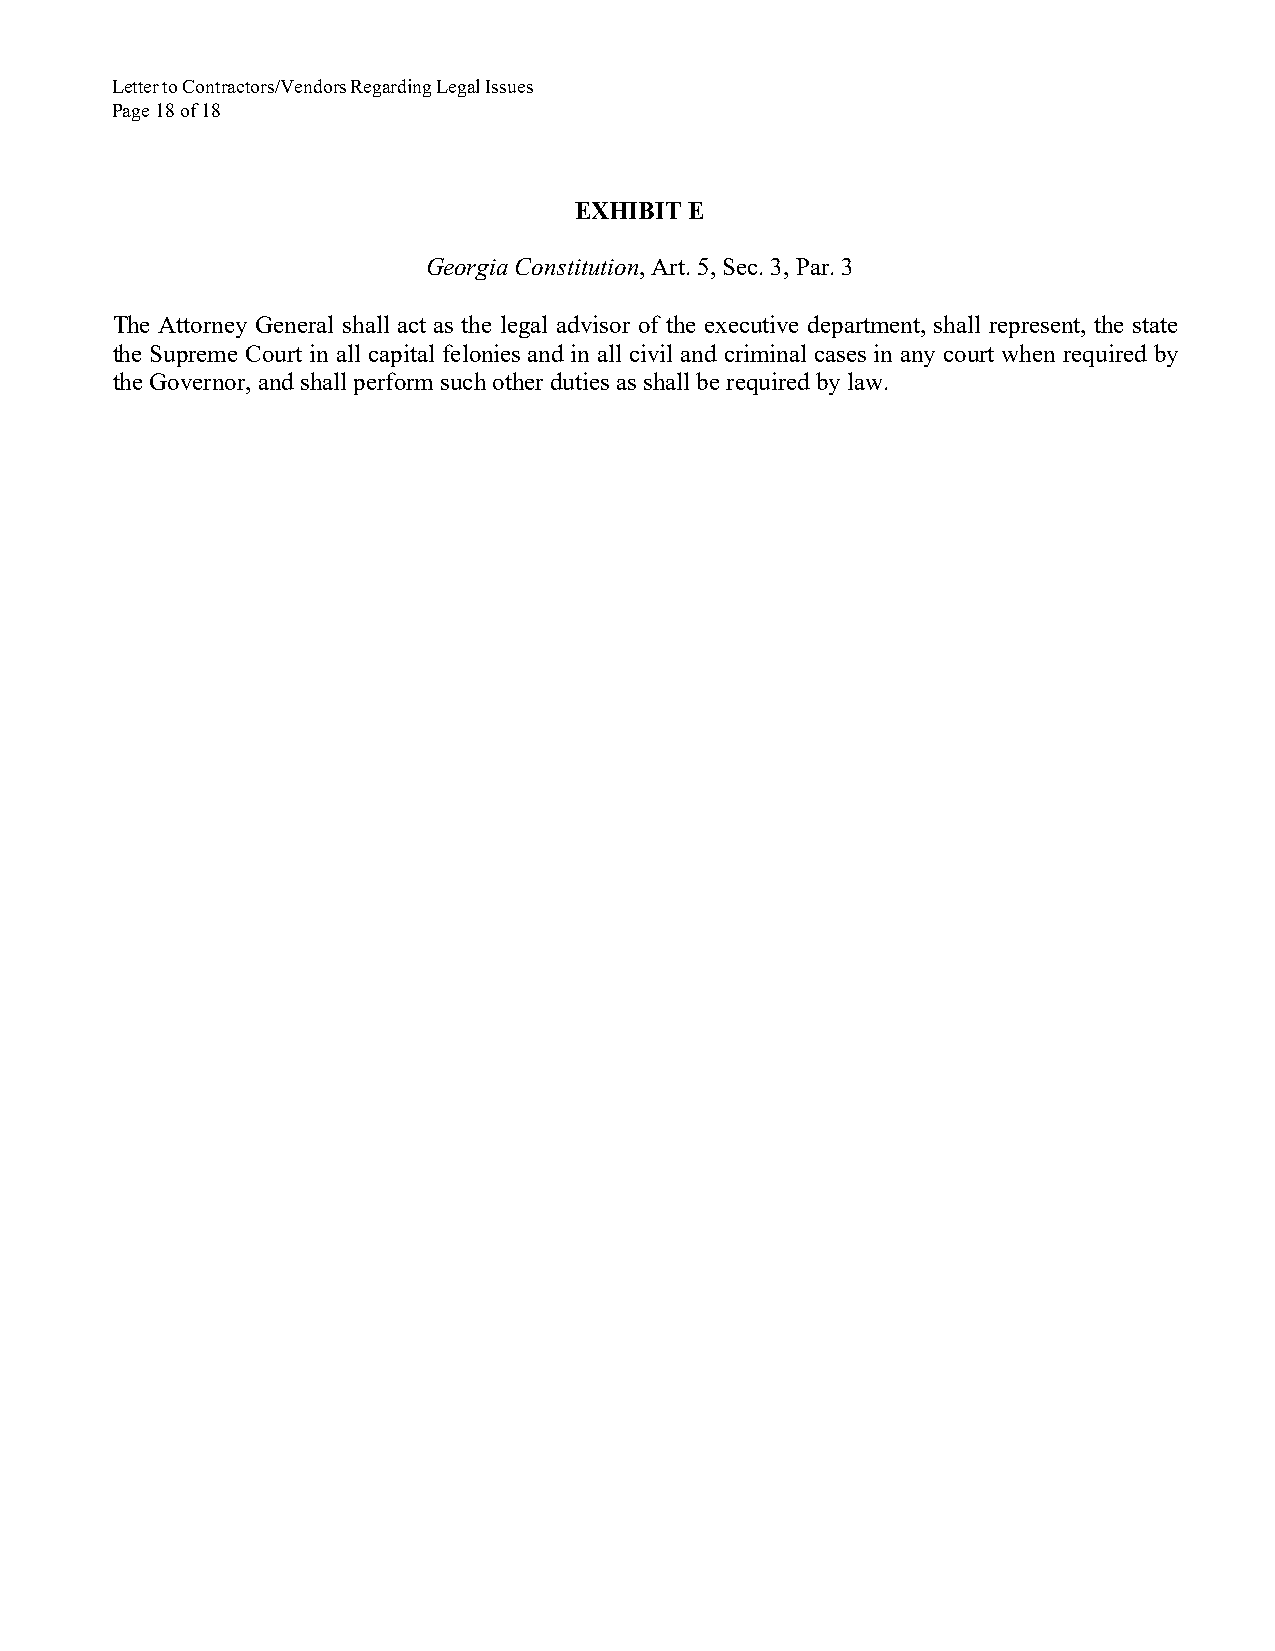
Letter to Contractors/Vendors Regarding Legal Issues
 Page 18 of 18
 EXHIBIT E
 Georgia Constitution, Art. 5, Sec. 3, Par. 3
 The Attorney General shall act as the legal advisor of the executive department, shall represent, the state
 the Supreme Court in all capital felonies and in all civil and criminal cases in any court when required by
 the Governor, and shall perform such other duties as shall be required by law.